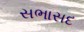
સભાસદ